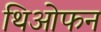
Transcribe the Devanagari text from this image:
थिओफन